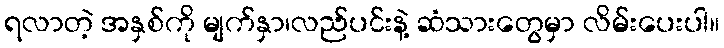
ရလာတဲ့ အနှစ်ကို မျက်နှာ၊လည်ပင်းနဲ့ ဆံသားတွေမှာ လိမ်းပေးပါ။